画像に写った文字を読んでください
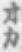
「オカ」と書いてあります